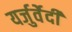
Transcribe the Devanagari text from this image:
यर्जुर्वेेदी